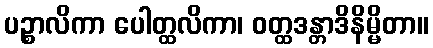
ပဉ္စာလိကာ ပေါတ္ထလိကာ၊ ဝတ္ထဒန္တာဒိနိမ္မိတာ။